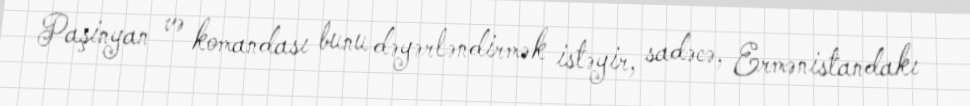
Paşinyan və komandası bunu dəyərləndirmək istəyir, sadəcə, Ermənistandakı